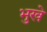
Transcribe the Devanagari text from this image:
भुखे